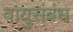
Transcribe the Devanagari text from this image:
वायुसंबंध